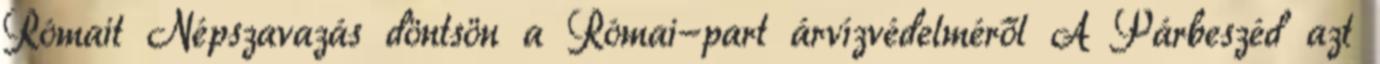
Rómait Népszavazás döntsön a Római-part árvízvédelméről A Párbeszéd azt